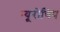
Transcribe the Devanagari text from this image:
न्यूरोचिप